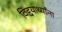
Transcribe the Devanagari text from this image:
विद्दयार्थ्यांना